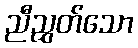
ညီညွှတ်သော